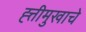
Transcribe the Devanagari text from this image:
ह्त्तीमुखाचे